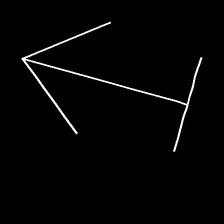
Glyph: levitation